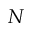
N